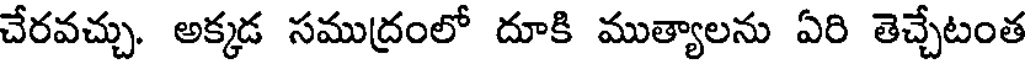
చేరవచ్చు. అక్కడ సముద్రంలో దూకి ముత్యాలను ఏరి తెచ్చేటంత